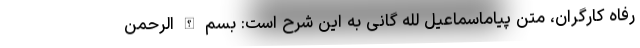
رفاه کارگران، متن پیاماسماعیل لله گانی به این شرح است: بسم الله الرحمن